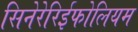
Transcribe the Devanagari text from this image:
सिनेरेरिईफोलियम